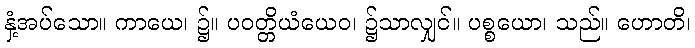
နှံ့အပ်သော။ ကာယေ၊ ၌။ ပဝတ္တိယံယေဝ၊ ၌သာလျှင်။ ပစ္စယော၊ သည်။ ဟောတိ၊